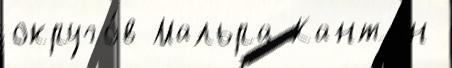
округо́в Мальра Канто́н